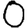
Digit: 0